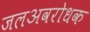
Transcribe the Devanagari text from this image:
जलअवरोधक